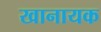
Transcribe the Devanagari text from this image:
खानायक